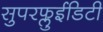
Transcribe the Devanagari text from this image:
सुपरफ्लुईडिटी